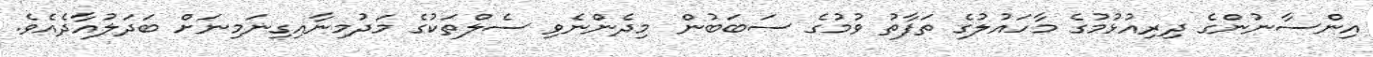
އިންސާނުންގެ ދިރިއުޅުމުގެ މާހައުލުގެ ތަފާތު ވުމުގެ ސަބަބުން މިދެންނެވި ސެލްތަކުގެ މަދުމިނާއިގިނަމިނަށް ބަދަލުއާދެއެވެ.